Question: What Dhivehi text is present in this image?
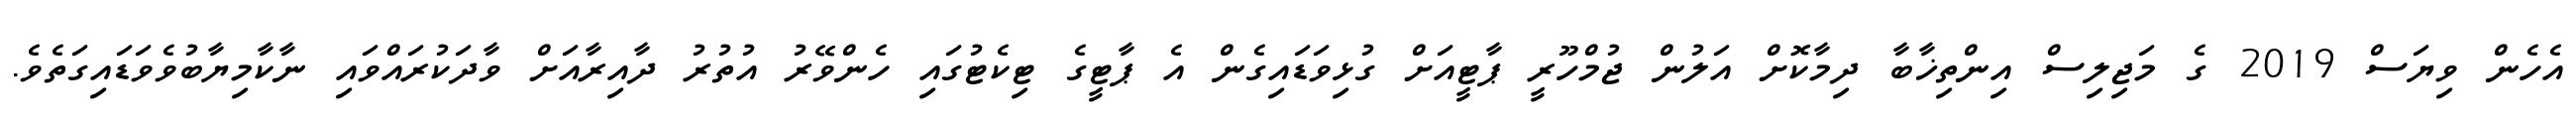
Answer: އެހެން ވިޔަސް 2019 ގެ މަޖިލިސް އިންތިޚާބާ ދިމާކޮށް އަލުން ޖުމްހޫރީ ޕާޓީއަށް ގުޅިވަޑައިގެން އެ ޕާޓީގެ ޓިކެޓުގައި ހެންވޭރު އުތުރު ދާއިރާއަށް ވާދަކުރައްވައި ނާކާމިޔާބުވެވަޑައިގަތެވެ.